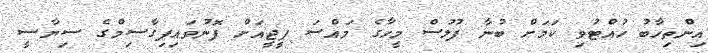
އިންތިހާބު ހުއްޓުވި ކަމަށް ބުނާ ފުލުސް މީހާގެ މައްސަ ޕީޖީއަށް ފޮނުވައިފިގާސިމްގެ ސިޔާސީ